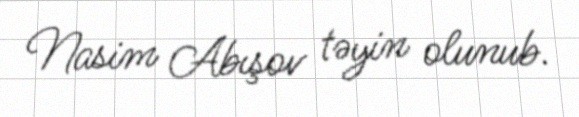
Nasim Abışov təyin olunub.